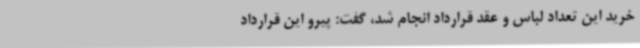
خرید این تعداد لباس و عقد قرارداد انجام شد، گفت: پیرو این قرارداد